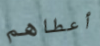
أعطاهم